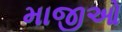
માજીઓ